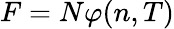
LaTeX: F=N\varphi(n,T)